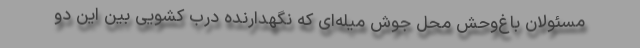
مسئولان باغ‌وحش محل جوش میله‌ای که نگهدارنده درب کشویی بین این دو